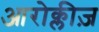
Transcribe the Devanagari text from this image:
आरोक्लीज़